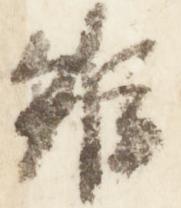
雖